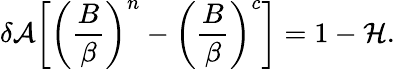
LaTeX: \delta\mathcal{A}\bigg[\bigg(\frac{B}{\beta}\bigg)^{n}-\bigg(\frac{B}{\beta}\bigg)^{c}\bigg]=1-\mathcal{H}.